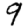
Digit: 9